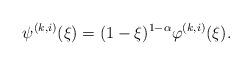
LaTeX: \begin{align*}\psi^{(k,i)}(\xi)=(1-\xi)^{1-\alpha}\varphi^{(k,i)}(\xi).\end{align*}